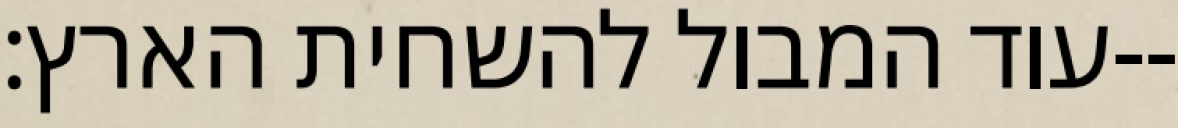
עוד המבול להשחית הארץ׃--